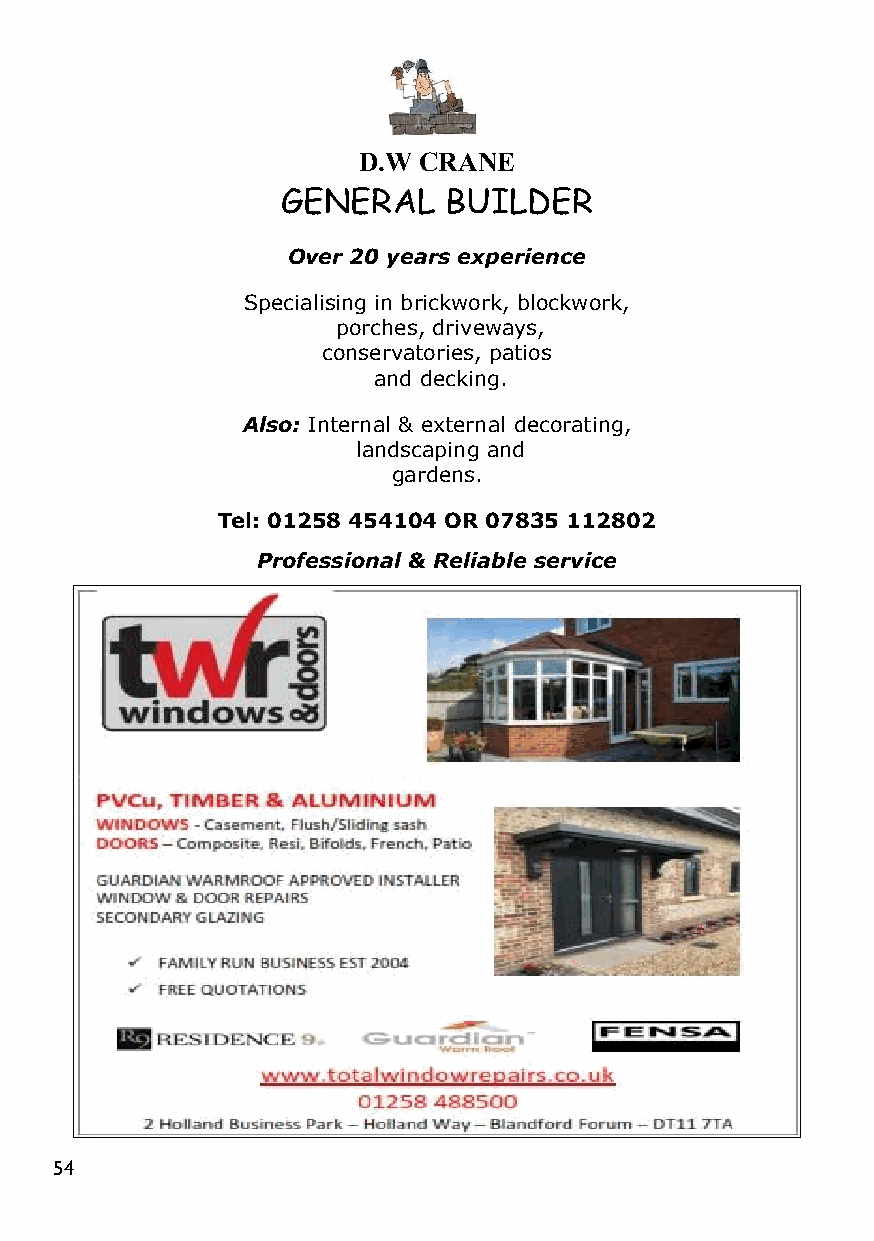
D.W CRANE
 GENERAL   BUILDER
 Over 20 years experience
 Specialising in brickwork, blockwork,
 porches, driveways,
 conservatories, patios
 and decking.
 Also: Internal & external decorating,
 landscaping and
 gardens.
 Tel: 01258 454104 OR 07835 112802
 Professional & Reliable service
 54